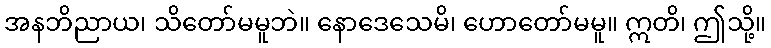
အနဘိညာယ၊ သိတော်မမူဘဲ။ နောဒေသေမိ၊ ဟောတော်မမူ။ ဣတိ၊ ဤသို့။